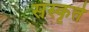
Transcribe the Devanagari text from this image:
संस्कृते